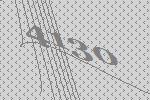
4130